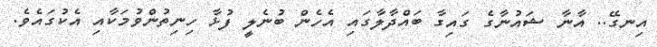
އިނގޭ.. އާނާ ޝައުނާގެ ގައިގާ ބައްދާލާގައި އެހެން ބުނެލީ ފުޅާ ހިނިތުންވުމަކާއި އެކުގައެވެ.